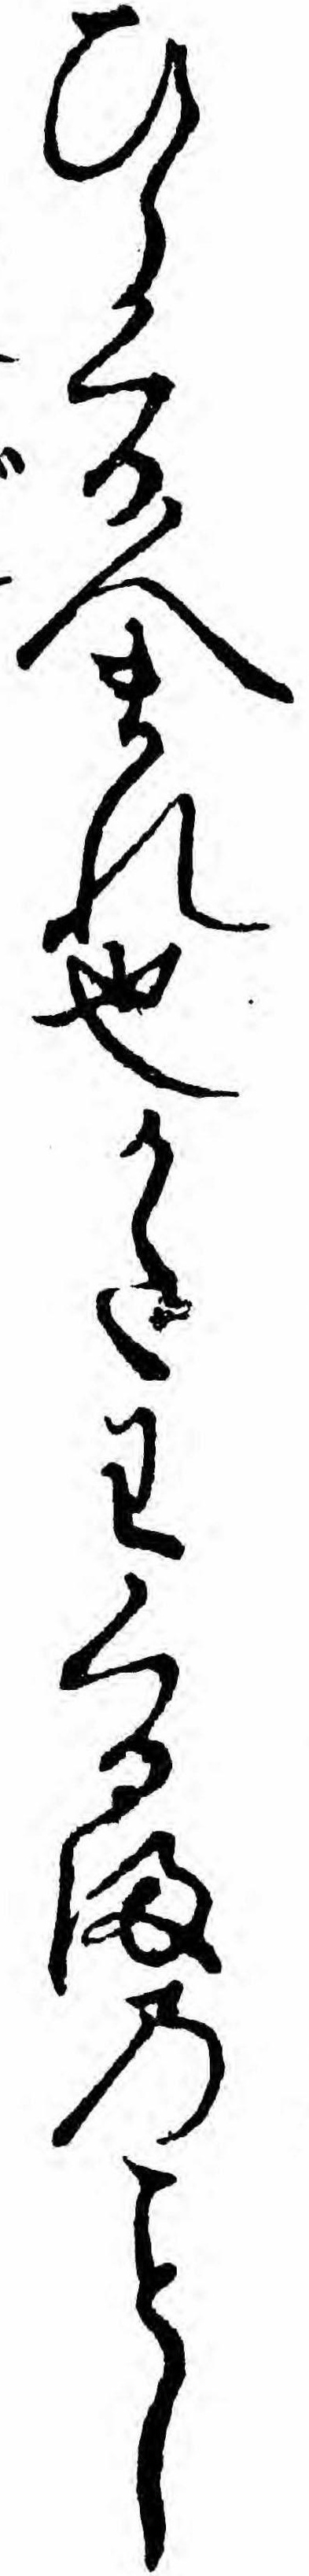
ひらくる人まれ也かたわくるまのし